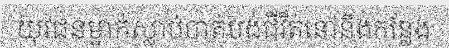
យុវជនម្នាក់ស្លាប់បាត់បង់ជីវិតនៅនឹងកន្លែង